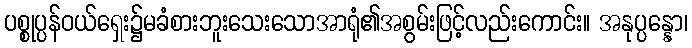
ပစ္စုပ္ပန်ဝယ်ရှေး၌မခံစားဘူးသေးသောအာရုံ၏အစွမ်းဖြင့်လည်းကောင်း။ အနုပ္ပန္နော၊